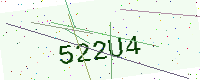
Text: 522U4